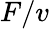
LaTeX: F/v